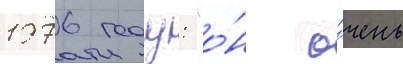
1976 году: "о́н о́чень